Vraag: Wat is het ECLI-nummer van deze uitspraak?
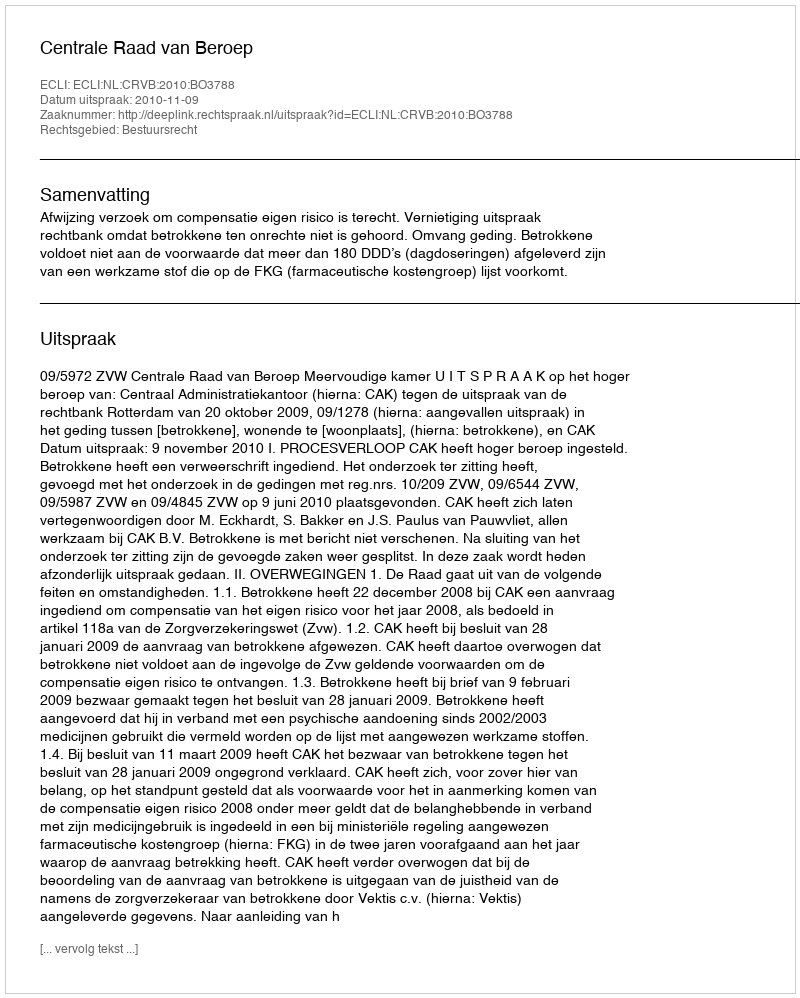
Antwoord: ECLI:NL:CRVB:2010:BO3788